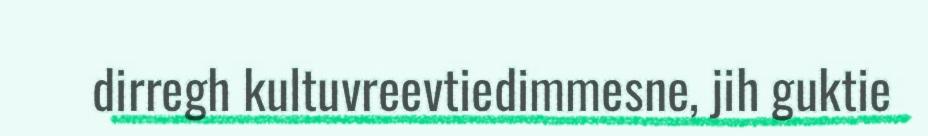
dirregh kultuvreevtiedimmesne, jih guktie